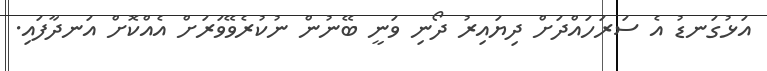
އަޅުގަނޑު އެ ސަރަހައްދަށް ދިޔައިރު ދޯނި ވަނީ ބޭނުން ނުކުރެވޭވަރަށް އެއްކޮށް އަނދާފައި.